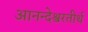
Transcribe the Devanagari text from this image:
आनन्देश्वरतीर्थ